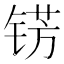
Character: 𮸐